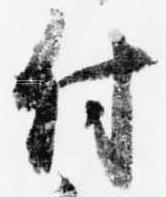
付